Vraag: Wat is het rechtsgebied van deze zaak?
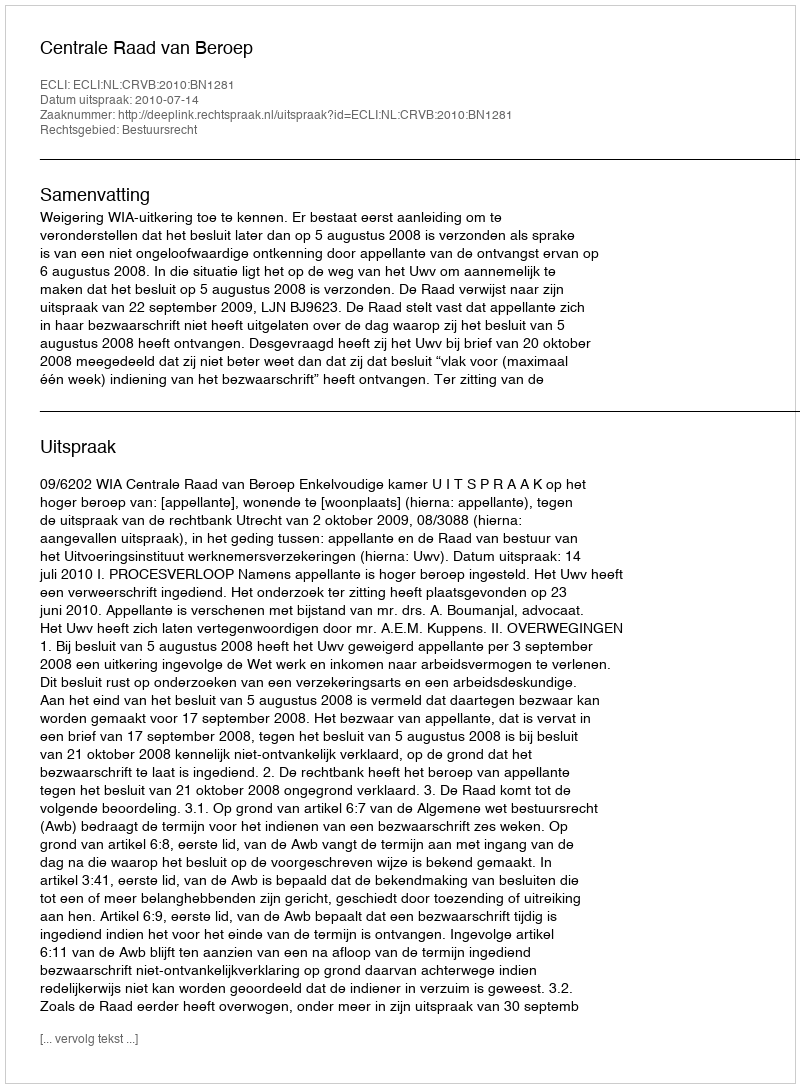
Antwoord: Bestuursrecht